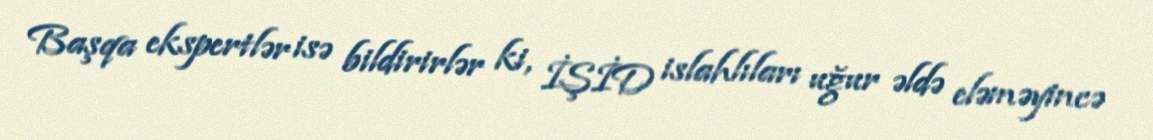
Başqa ekspertlər isə bildirirlər ki, İŞİD islahlıları uğur əldə eləməyincə